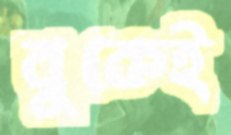
বুকেই